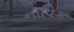
નાવિક